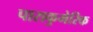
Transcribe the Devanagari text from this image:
पाराकुमेरिक